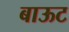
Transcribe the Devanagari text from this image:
बाऊट